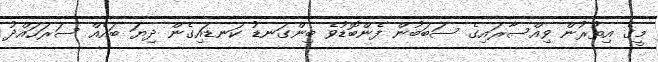
މީގެ އިތުރުން ވިއްސާރައިގެ ސަބަބުން ފެންބޮޑުވެ ބިންގަނޑު ކަނޑައިގެން ދިޔަ ބައެއް ސަރަހައްދު